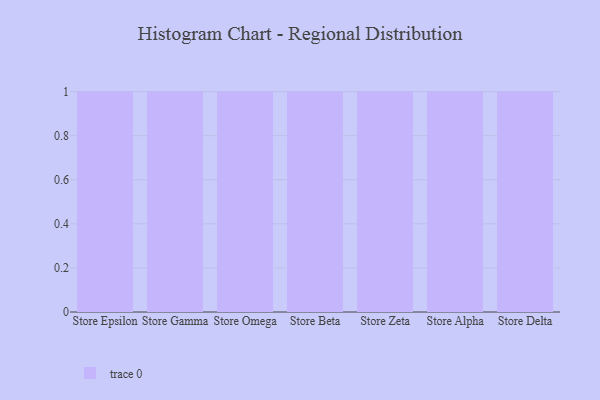
{"axis": {"x": "Store", "y": "Population (Million)"}, "legend": [""], "data": [{"x": "Store Epsilon", "y": 13, "type": ""}, {"x": "Store Gamma", "y": 46, "type": ""}, {"x": "Store Omega", "y": 59, "type": ""}, {"x": "Store Beta", "y": 50, "type": ""}, {"x": "Store Zeta", "y": 47, "type": ""}, {"x": "Store Alpha", "y": 100, "type": ""}, {"x": "Store Delta", "y": 16, "type": ""}]}